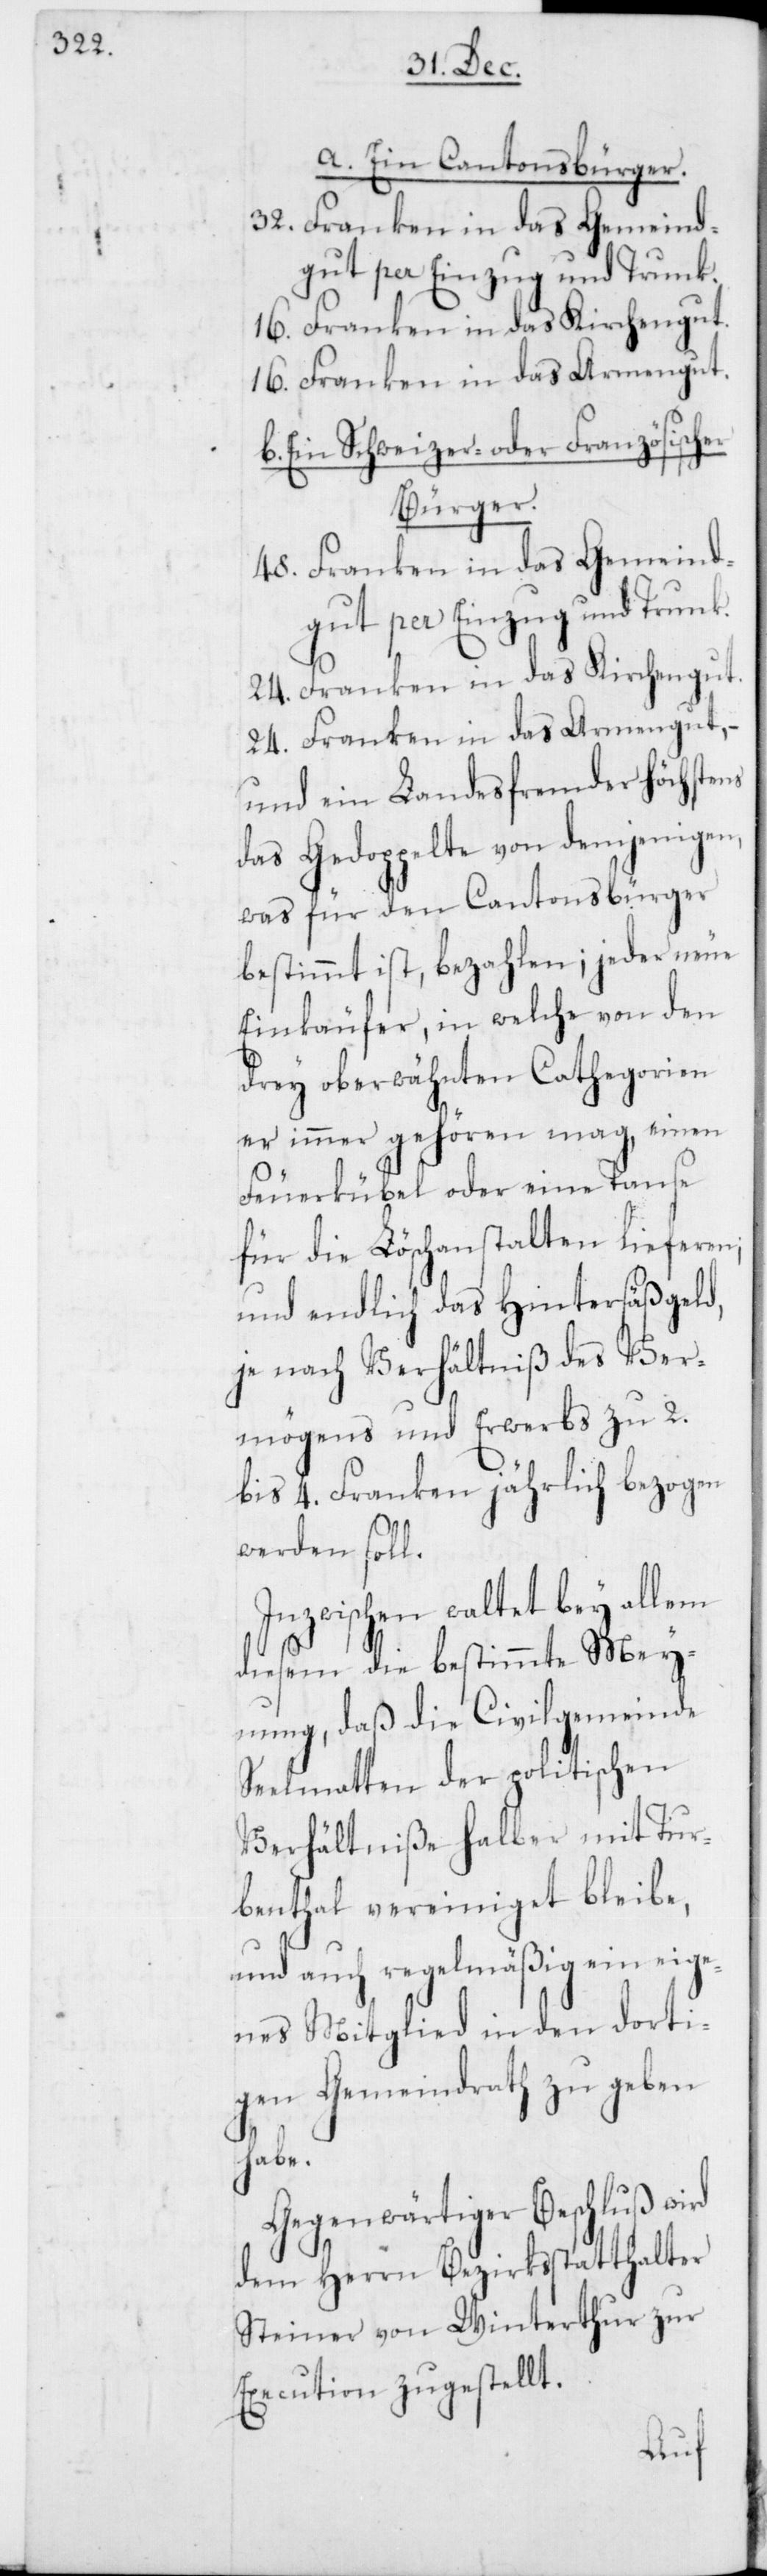
a. Ein Cantonsbürger.
32. Franken in das Gemeind¬
gut per Einzug und Trunk.
16. Franken in das Kirchengut.
16. Franken in das Armengut.
b. Ein Schweizer oder Französischer
Bürger.
48. Franken in das Gemeind¬
gut per Einzug und Trunk.
24. Franken in das Kirchengut.
24. Franken in das Armengut, –
und ein Landesfremder höchstens
das Gedoppelte von demjenigen,
was für den Cantonsbürger
bestimmt ist, bezahlen; jeder neue
Einkäufer, in welche von den
drey oberwähnten Cathegorien
er immer gehören mag, einen
Feuerkübel oder eine Tanse
für die Löschanstalten lieferen;
und endlich das Hintersäßgeld,
je nach Verhältniß des Ver¬
mögens und Erwerbs zu 2.
bis 4. Franken jährlich bezogen
werden soll.
Inzwischen waltet bey allem
diesem die bestimmte Mey¬
nung, daß die Civilgemeinde
Seelmatten der politischen
Verhältniße halber mit Tur¬
benthal vereiniget bleibe,
und auch regelmäßig ein eige¬
nes Mitglied in den dorti¬
gen Gemeindrath zu geben
habe.
Gegenwärtiger Beschluß wird
dem Herrn Bezirksstatthalter
Steiner von Winterthur zur
Execution zugestellt.